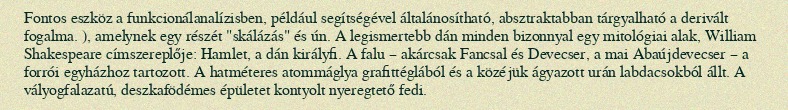
Fontos eszköz a funkcionálanalízisben, például segítségével általánosítható, absztraktabban tárgyalható a derivált fogalma. ), amelynek egy részét "skálázás" és ún. A legismertebb dán minden bizonnyal egy mitológiai alak, William Shakespeare címszereplője: Hamlet, a dán királyfi. A falu – akárcsak Fancsal és Devecser, a mai Abaújdevecser – a forrói egyházhoz tartozott. A hatméteres atommáglya grafittéglából és a közéjük ágyazott urán labdacsokból állt. A vályogfalazatú, deszkafödémes épületet kontyolt nyeregtető fedi.